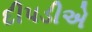
દીપડીએ